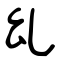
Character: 乣